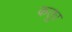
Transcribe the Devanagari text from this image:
कतुर